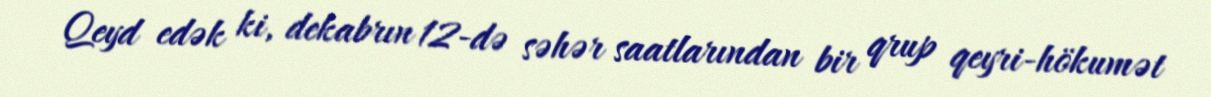
Qeyd edək ki, dekabrın 12-də səhər saatlarından bir qrup qeyri-hökumət